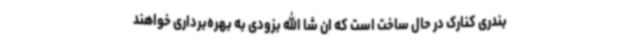
بندری کنارک در حال ساخت است که ان شا الله بزودی به بهره‌برداری خواهند